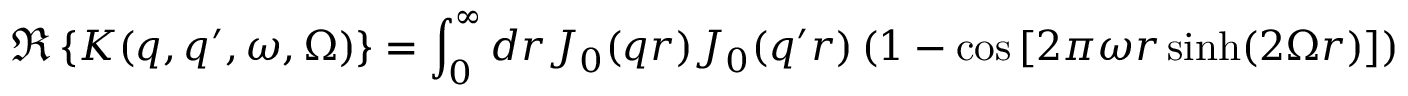
\Re \left\{ K ( q , q ^ { \prime } , \omega , \Omega ) \right\} = \int _ { 0 } ^ { \infty } d r J _ { 0 } ( q r ) J _ { 0 } ( q ^ { \prime } r ) \left( 1 - \cos \left[ 2 \pi \omega r \sinh ( 2 \Omega r ) \right] \right)